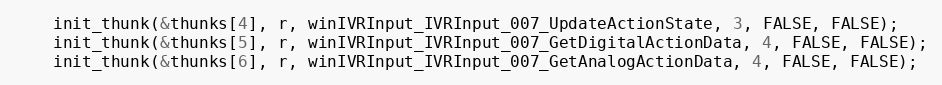
Language: C
    init_thunk(&thunks[4], r, winIVRInput_IVRInput_007_UpdateActionState, 3, FALSE, FALSE);
    init_thunk(&thunks[5], r, winIVRInput_IVRInput_007_GetDigitalActionData, 4, FALSE, FALSE);
    init_thunk(&thunks[6], r, winIVRInput_IVRInput_007_GetAnalogActionData, 4, FALSE, FALSE);